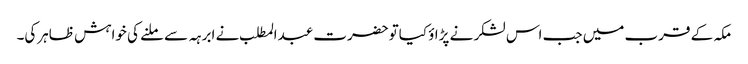
مکہ کے قرب میں جب اس لشکر نے پڑاؤ کیاتوحضرت عبدالمطلب نے ابرہہ سے ملنے کی خواہش ظاہرکی۔